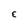
Character: E